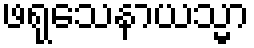
ဖရုသေနာယသ္မာ